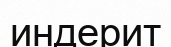
индерит